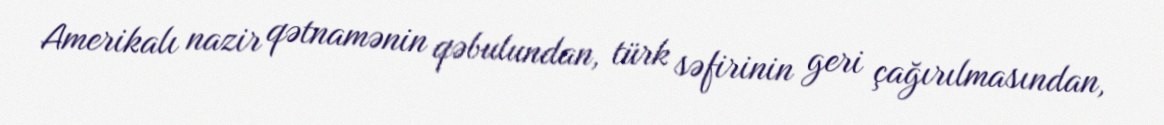
Amerikalı nazir qətnamənin qəbulundan, türk səfirinin geri çağırılmasından,